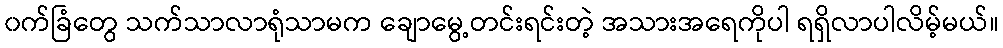
၀က်ခြံတွေ သက်သာလာရုံသာမက ချောမွေ့တင်းရင်းတဲ့ အသားအရေကိုပါ ရရှိလာပါလိမ့်မယ်။